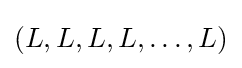
(L,L,L,L,\ldots ,L)